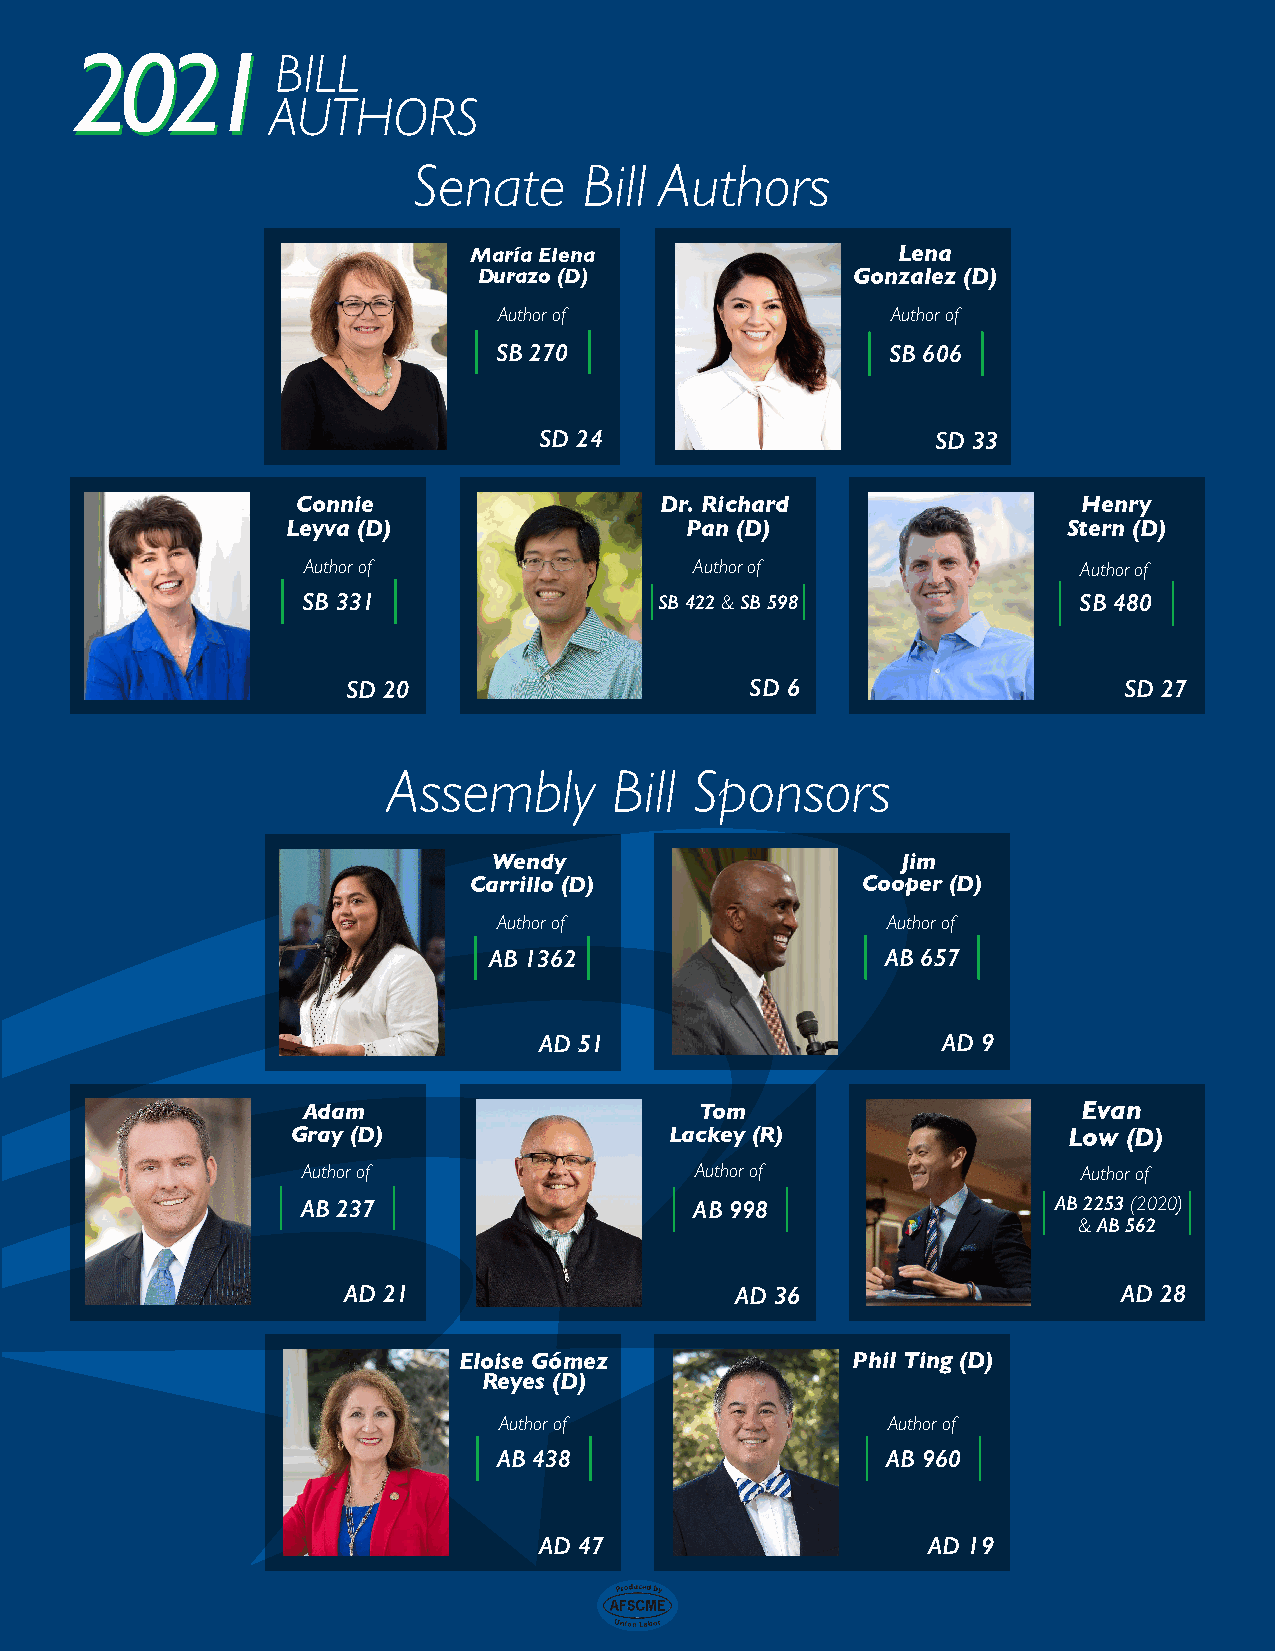
2222000022221111BILL
 AUTHORS
 Senate      Bill Authors
 María Elena                 Lena
 Durazo (D)              Gonzalez (D)
 Author of                 Author of
 SB 270                    SB 606
 SD 24                     SD 33
 Connie                  Dr. Richard                 Henry
 Leyva (D)                 Pan (D)                   Stern (D)
 Author of                 Author of                 Author of
 SB 331                  SB 422 & SB 598            SB 480
 SD 20                      SD 6                    SD 27
 Assembly       Bill Sponsors
 Wendy                      Jim
 Carrillo (D)              Cooper (D)
 Author of                 Author of
 AB 1362                    AB 657
 AD 51                     AD 9
 Adam                      Tom                       Evan
 Gray (D)                 Lackey (R)                 Low (D)
 Author of                 Author of                 Author of
 AB 237                    AB 998                  AB 2253 (2020)
 & AB 562
 AD 21                     AD 36                    AD 28
 Eloise Gómez              Phil Ting (D)
 Reyes (D)
 Author of                 Author of
 AB 438                    AB 960
 AD 47                    AD 19